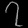
Digit: ၇